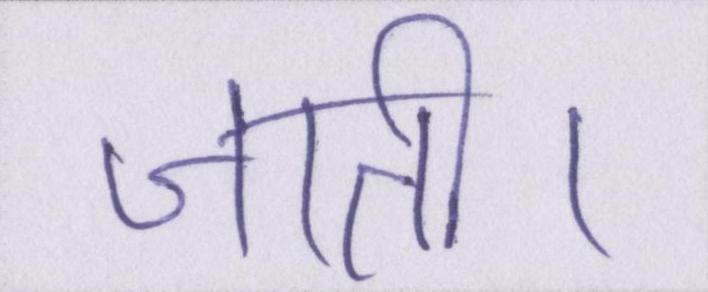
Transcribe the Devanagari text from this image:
जाती।